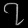
Digit: ၇